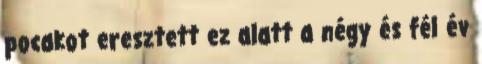
pocakot eresztett ez alatt a négy és fél év